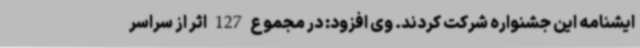
ایشنامه این جشنواره شرکت کردند. وی افزود: در مجموع 127 اثر از سراسر